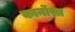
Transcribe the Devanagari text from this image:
कार्नोसा